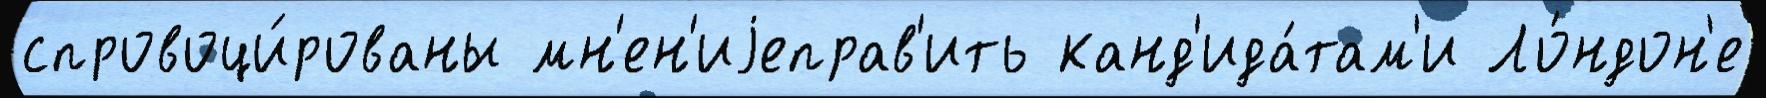
спровоци́рованы мн'ен'иjеправ'ить канд'ида́там'и Ло́ндон'е